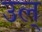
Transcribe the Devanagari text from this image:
उल्‌